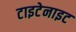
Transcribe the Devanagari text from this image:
टाइटेनाइट